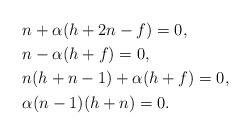
LaTeX: \begin{align*} & n+ \alpha (h+2n-f) = 0, \\ & n - \alpha (h+f) = 0, \\ & n(h+n-1) + \alpha (h+f) = 0, \\ & \alpha (n-1) (h+n) = 0. \end{align*}